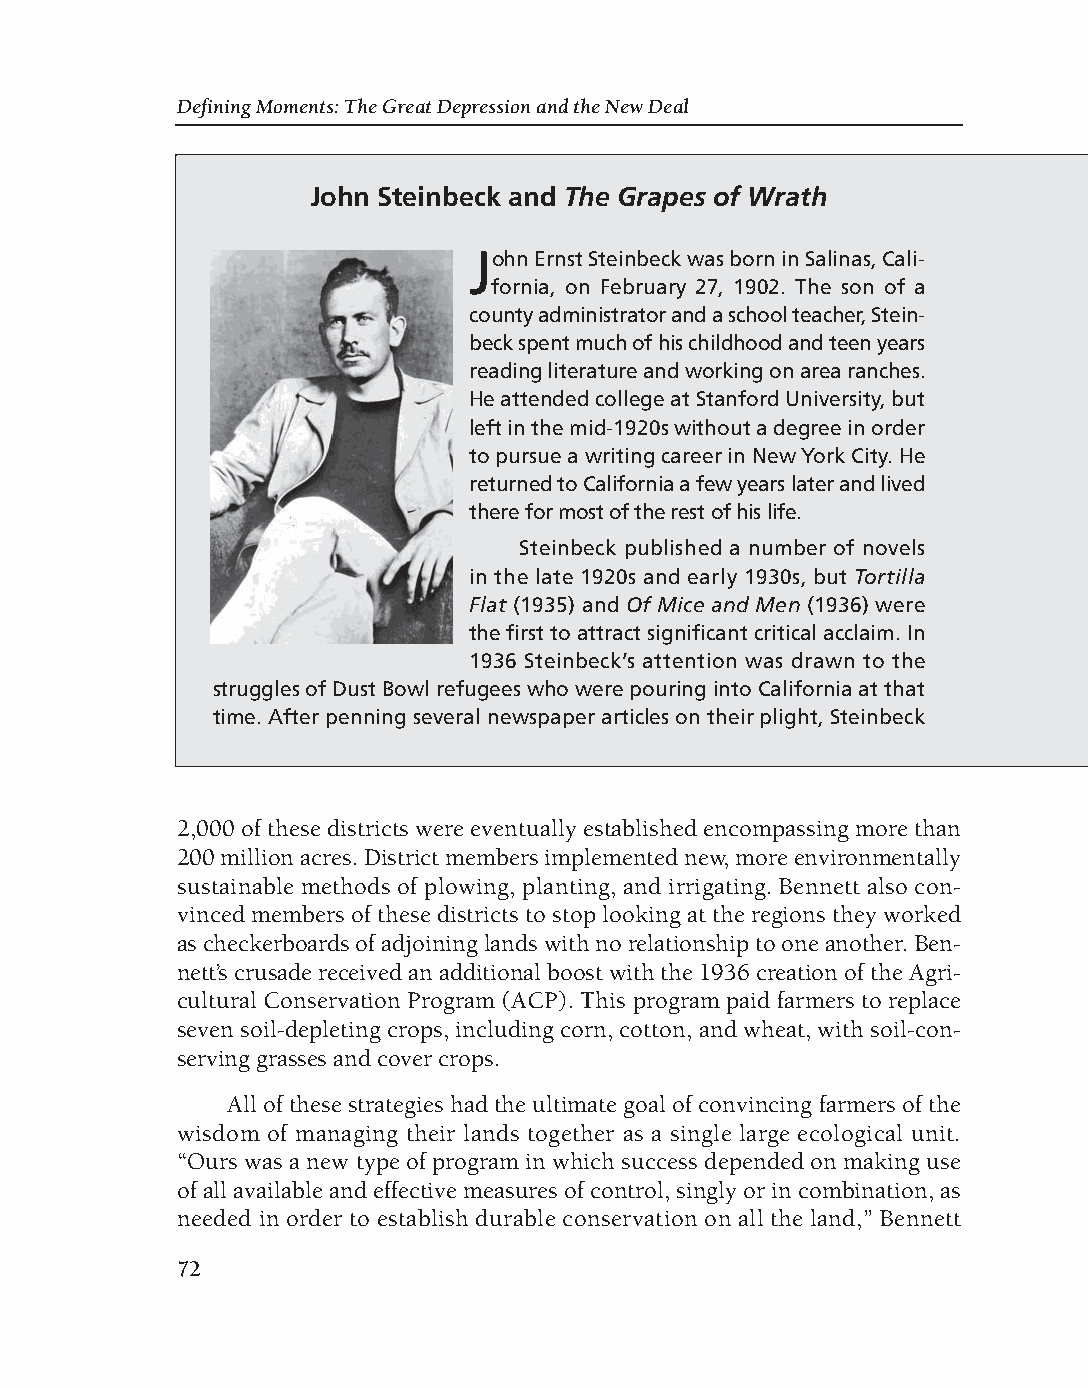
DM - Depression 9/19/08 3:56 PM Page 72
 Defining Moments: The Great Depression and the New Deal
 John Steinbeck and The Grapes of Wrath
 John Ernst Steinbeck was born in Salinas, Cali-
 fornia, on February 27, 1902. The son of a
 county administrator and a school teacher, Stein-
 beck spent much of his childhood and teen years
 reading literature and working on area ranches.
 He attended college at Stanford University, but
 left in the mid-1920s without a degree in order
 to pursue a writing career in New York City. He
 returned to California a few years later and lived
 there for most of the rest of his life.
 Steinbeck published a number of novels
 in the late 1920s and early 1930s, but Tortilla
 Flat (1935) and Of Mice and Men (1936) were
 the first to attract significant critical acclaim. In
 1936 Steinbeck’s attention was drawn to the
 struggles of Dust Bowl refugees who were pouring into California at that
 time. After penning several newspaper articles on their plight, Steinbeck
 2,000 of these districts were eventually established encompassing more than
 200 million acres. District members implemented new, more environmentally
 sustainable methods of plowing, planting, and irrigating. Bennett also con-
 vinced members of these districts to stop looking at the regions they worked
 as checkerboards of adjoining lands with no relationship to one another. Ben-
 nett’s crusade received an additional boost with the 1936 creation of the Agri-
 cultural Conservation Program (ACP). This program paid farmers to replace
 seven soil-depleting crops, including corn, cotton, and wheat, with soil-con-
 serving grasses and cover crops.
 All of these strategies had the ultimate goal of convincing farmers of the
 wisdom of managing their lands together as a single large ecological unit.
 “Ours was a new type of program in which success depended on making use
 of all available and effective measures of control, singly or in combination, as
 needed in order to establish durable conservation on all the land,” Bennett
 72